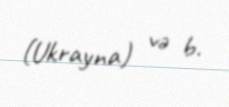
(Ukrayna) və b.